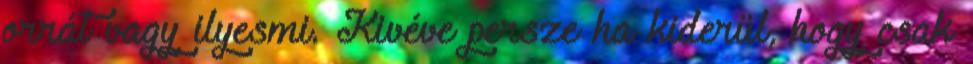
orrát vagy ilyesmi. Kivéve persze ha kiderül, hogy csak